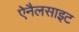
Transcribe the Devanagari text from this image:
ऐनैलसाइट